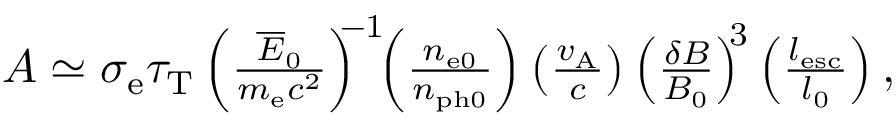
\begin{array} { r } { A \simeq \sigma _ { \mathrm { e } } \tau _ { \mathrm { T } } \left( \frac { \overline { E } _ { 0 } } { m _ { \mathrm { e } } c ^ { 2 } } \right) ^ { \! \! \! - 1 } \! \! \left( \frac { n _ { \mathrm { e 0 } } } { n _ { \mathrm { p h 0 } } } \right) \left( \frac { v _ { \mathrm { A } } } { c } \right) \left( \frac { \delta B } { B _ { 0 } } \right) ^ { \! \! 3 } \left( \frac { l _ { \mathrm { e s c } } } { l _ { 0 } } \right) , } \end{array}